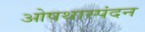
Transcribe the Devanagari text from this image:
ओषथास्पंदन